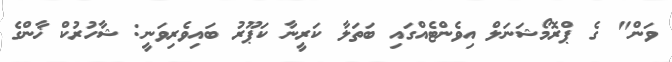
ވަން" ގެ ޕްރޮމޯޝަނަލް އިވެންޓެއްގައި ބަތަލާ ކަރީނާ ކަޕޫރު ބައިވެރިވަނީ: ޝާހުރުކް ޚާންގެ